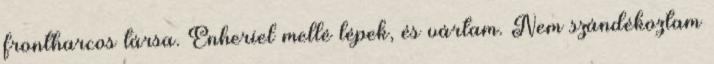
frontharcos társa. Enheriel mellé lépek, és vártam. Nem szándékoztam